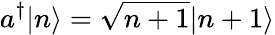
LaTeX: a^{\dagger}|n\rangle={\sqrt{n+1}}|n+1\rangle